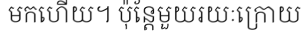
មកហើយ។ ប៉ុន្តែមួយរយៈក្រោយ